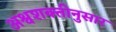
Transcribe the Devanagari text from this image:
अश्वशक्तीनुसार